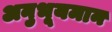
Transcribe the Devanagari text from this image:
अनुभूयमान